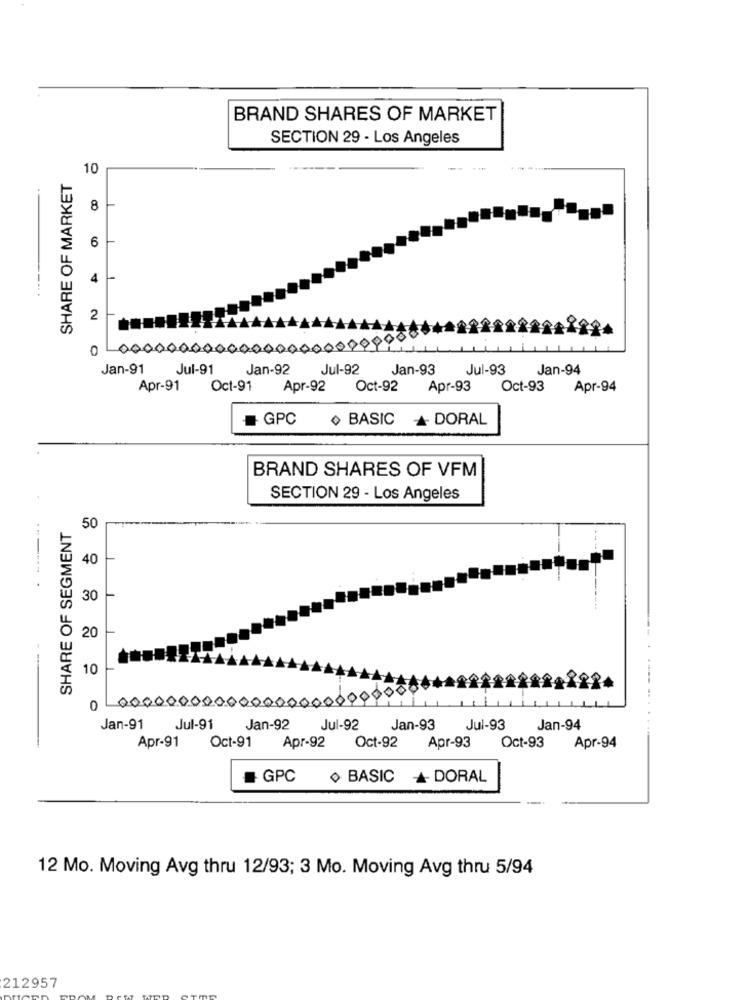
BRAND SHARES OF MARKET
SECTION 29 - Los Angeles
10
SHARE OF MARKET
8
6
4
... .
2
0
00000000000000000009990
Jan-91
Jul-91
Jan-92
Jul-92
Jan-93
Jul-93
Jan-94
Apr-91 Oct-91
Apr-92 Oct-92
Apr-93
Oct-93
Apr-94
GPC + BASIC + DORAL
BRAND SHARES OF VFM
SECTION 29 - Los Angeles
SHARE OF SEGMENT
50
40
30
20
10
0 00000000000000000000000
Jan-91
Jul-91
Jan-92
Jul-92
Jan-93
Jul-93
Jan-94
Apr-91
Oct-91
Apr-92
Oct-92
Apr-93
Oct-93
Apr-94
GPC
BASIC + DORAL
12 Mo. Moving Avg thru 12/93; 3 Mo. Moving Avg thru 5/94
212957